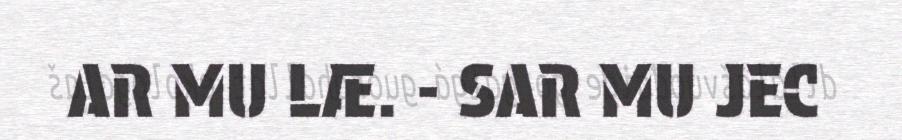
AR MU LÆ. - SAR MU JEC